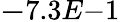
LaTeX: {\mathbf-7.3E{-1}}